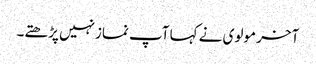
آخر مولوی نے کہا آپ نمازنہیں پڑھتے۔